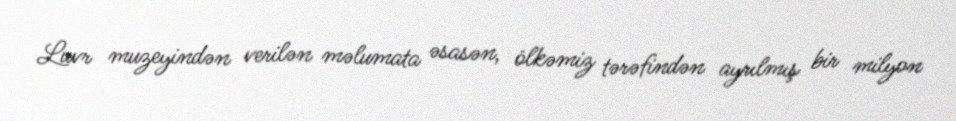
Luvr muzeyindən verilən məlumata əsasən, ölkəmiz tərəfindən ayrılmış bir milyon